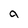
Character: a